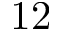
1 2